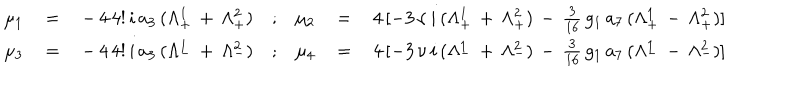
\begin{array} { r c l c r c l } { { \mu _ { 1 } \, } } & { { = } } & { { \, - \, 4 \, 4 ! \, i \, a _ { 3 } \, ( \Lambda _ { + } ^ { 1 } \, + \, \Lambda _ { + } ^ { 2 } ) } } & { { ; } } & { { \mu _ { 2 } \, } } & { { = } } & { { \, 4 \, [ - 3 \, \nu \, i \, ( \Lambda _ { + } ^ { 1 } \, + \, \Lambda _ { + } ^ { 2 } ) \, - \, \frac { 3 } { 1 6 } \, g _ { 1 } \, a _ { 7 } \, ( \Lambda _ { + } ^ { 1 } \, - \, \Lambda _ { + } ^ { 2 } ) ] } } \\ { { \mu _ { 3 } \, } } & { { = } } & { { \, - \, 4 \, 4 ! \, i \, a _ { 3 } \, ( \Lambda _ { - } ^ { 1 } \, + \, \Lambda _ { - } ^ { 2 } ) } } & { { ; } } & { { \mu _ { 4 } \, } } & { { = } } & { { \, 4 \, [ - 3 \, \nu \, i \, ( \Lambda _ { - } ^ { 1 } \, + \, \Lambda _ { - } ^ { 2 } ) \, - \, \frac { 3 } { 1 6 } \, g _ { 1 } \, a _ { 7 } \, ( \Lambda _ { - } ^ { 1 } \, - \, \Lambda _ { - } ^ { 2 } ) ] } } \\ \end{array}